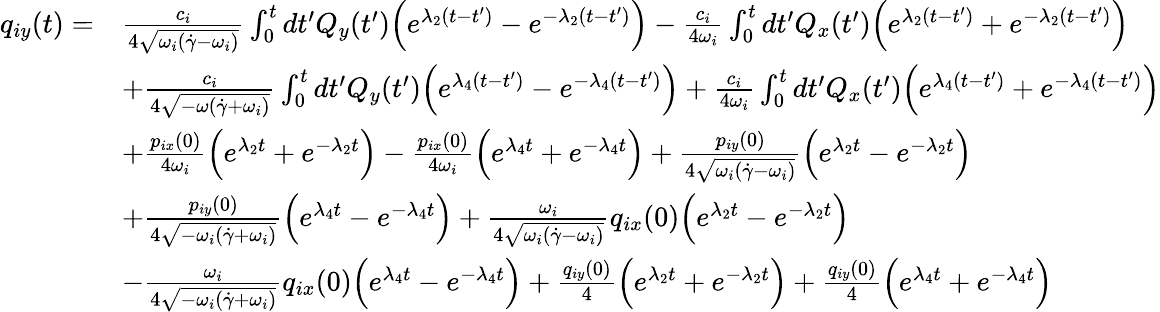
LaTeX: \begin{array}{rl}{q_{iy}(t)=}&{\frac{c_{i}}{4\sqrt{\omega_{i}(\dot{\gamma}-\omega_{i})}}\int_{0}^{t}dt^{\prime}Q_{y}(t^{\prime})\Bigl(e^{\lambda_{2}(t-t^{\prime})}-e^{-\lambda_{2}(t-t^{\prime})}\Bigr)-\frac{c_{i}}{4\omega_{i}}\int_{0}^{t}dt^{\prime}Q_{x}(t^{\prime})\Bigl(e^{\lambda_{2}(t-t^{\prime})}+e^{-\lambda_{2}(t-t^{\prime})}\Bigr)}\\ &{+\frac{c_{i}}{4\sqrt{-\omega(\dot{\gamma}+\omega_{i})}}\int_{0}^{t}dt^{\prime}Q_{y}(t^{\prime})\Bigl(e^{\lambda_{4}(t-t^{\prime})}-e^{-\lambda_{4}(t-t^{\prime})}\Bigr)+\frac{c_{i}}{4\omega_{i}}\int_{0}^{t}dt^{\prime}Q_{x}(t^{\prime})\Bigl(e^{\lambda_{4}(t-t^{\prime})}+e^{-\lambda_{4}(t-t^{\prime})}\Bigr)}\\ &{+\frac{p_{ix}(0)}{4\omega_{i}}\Bigl(e^{\lambda_{2}t}+e^{-\lambda_{2}t}\Bigr)-\frac{p_{ix}(0)}{4\omega_{i}}\Bigl(e^{\lambda_{4}t}+e^{-\lambda_{4}t}\Bigr)+\frac{p_{iy}(0)}{4\sqrt{\omega_{i}(\dot{\gamma}-\omega_{i})}}\Bigl(e^{\lambda_{2}t}-e^{-\lambda_{2}t}\Bigr)}\\ &{+\frac{p_{iy}(0)}{4\sqrt{-\omega_{i}(\dot{\gamma}+\omega_{i})}}\Bigl(e^{\lambda_{4}t}-e^{-\lambda_{4}t}\Bigr)+\frac{\omega_{i}}{4\sqrt{\omega_{i}(\dot{\gamma}-\omega_{i})}}q_{ix}(0)\Bigl(e^{\lambda_{2}t}-e^{-\lambda_{2}t}\Bigr)}\\ &{-\frac{\omega_{i}}{4\sqrt{-\omega_{i}(\dot{\gamma}+\omega_{i})}}q_{ix}(0)\Bigl(e^{\lambda_{4}t}-e^{-\lambda_{4}t}\Bigr)+\frac{q_{iy}(0)}{4}\Bigl(e^{\lambda_{2}t}+e^{-\lambda_{2}t}\Bigr)+\frac{q_{iy}(0)}{4}\Bigl(e^{\lambda_{4}t}+e^{-\lambda_{4}t}\Bigr)}\end{array}